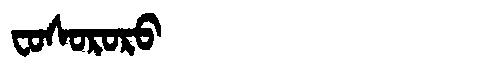
Manchu: ᠸᠣᠰᠣᡵᠣᡵᠣ
Romanization: FOSORORO